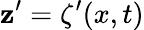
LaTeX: \mathbf{z}^{\prime}=\zeta^{\prime}(x,t)